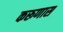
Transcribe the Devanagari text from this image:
करूणास